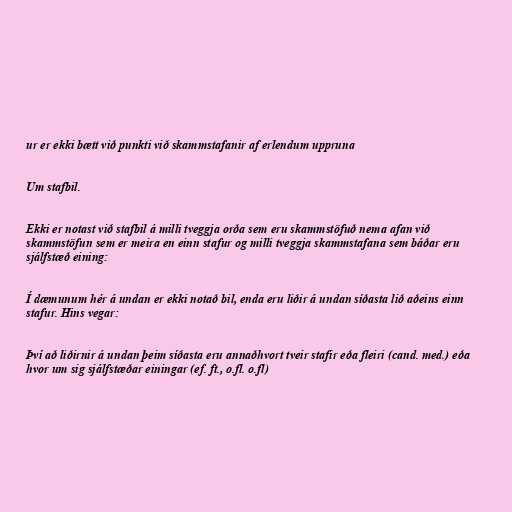
ur er ekki bætt við punkti við skammstafanir af erlendum uppruna

Um stafbil.

Ekki er notast við stafbil á milli tveggja orða sem eru skammstöfuð nema afan við
skammstöfun sem er meira en einn stafur og milli tveggja skammstafana sem báðar eru
sjálfstæð eining:

Í dæmunum hér á undan er ekki notað bil, enda eru liðir á undan síðasta lið aðeins einn
stafur. Hins vegar:

Því að liðirnir á undan þeim síðasta eru annaðhvort tveir stafir eða fleiri (cand. med.) eða
hvor um sig sjálfstæðar einingar (ef. ft., o.fl. o.fl)